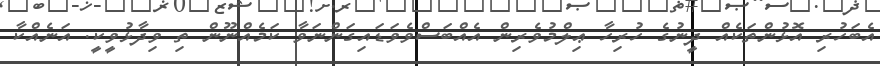
އެބަހުރި އޮޅުންތަކެއް ދީނުގެ ހުރިހާ ޢިލްމުވެރިން އެއްބަސްވެވަޑައިގަންނަވާ ކަމެއްނޫން ތި ވިދާޅުވީކީ. އަނެއްކާ